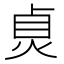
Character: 𤈱